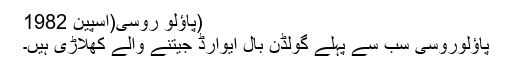
(پاؤلو روسی(اسپین 1982
پاؤلوروسی سب سے پہلے گولڈن بال ایوارڈ جیتنے والے کھِلاڑی ہیں۔